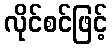
လိုင်စင်ဖြင့်